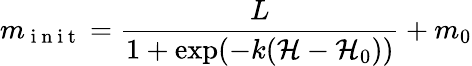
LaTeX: m_{\mathrm{~i~n~i~t~}}=\frac{L}{1+\exp(-k(\mathcal{H}-\mathcal{H}_{0}))}+m_{0}